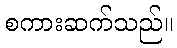
စကားဆက်သည်။